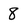
Character: 8